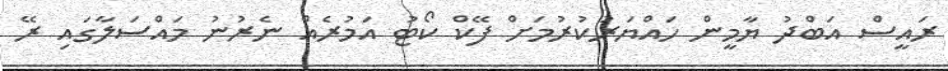
ރައީސް އަބްދު ޔާމީން ހައްޔަރުކުރުމަށް ފޭކް ކޯޓު އަމުރެއް ނެރުނު މައްސަލާގައި ރޭ